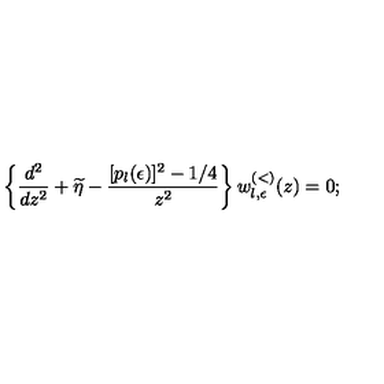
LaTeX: \left\{ \frac { d ^ { 2 } } { d z ^ { 2 } } + \widetilde { \eta } - \frac { [ p _ { l } ( \epsilon ) ] ^ { 2 } - 1 / 4 } { z ^ { 2 } } \right\} w _ { l , \epsilon } ^ { ( < ) } ( z ) = 0 ;